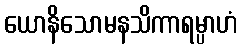
ယောနိသောမနသိကာရမ္ပာဟံ